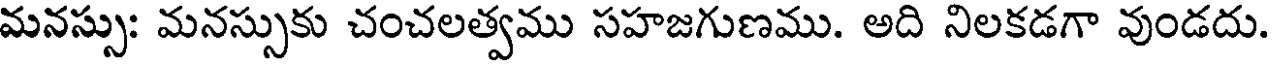
మనస్సు: మనస్సుకు చంచలత్వము సహజగుణము. అది నిలకడగా వుండదు.